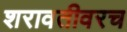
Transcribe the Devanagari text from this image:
शरावतीवरच